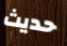
حديث